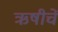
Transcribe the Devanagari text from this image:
ऋषीचें